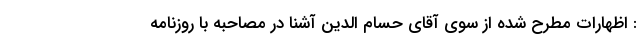
: اظهارات مطرح شده از سوی آقای حسام الدین آشنا در مصاحبه با روزنامه